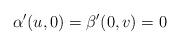
LaTeX: \begin{align*} \alpha'(u,0)=\beta'(0,v)=0 \end{align*}